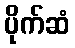
ပိုက်ဆံ